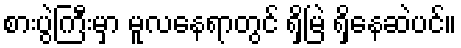
စားပွဲကြီးမှာ မူလနေရာတွင် ရှိမြဲ ရှိနေဆဲပင်။